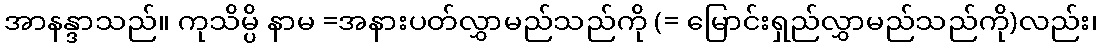
အာနန္ဒာသည်။ ကုသိမ္ပိ နာမ =အနားပတ်လွှာမည်သည်ကို (= မြောင်းရှည်လွှာမည်သည်ကို)လည်း၊